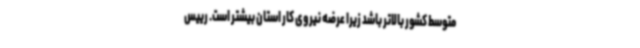
متوسط کشور بالاتر باشد زیرا عرضه نیروی کار استان بیشتر است. رییس